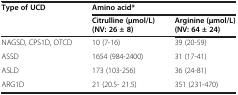
| <ROWSPAN=2> Type of UCD | <COLSPAN=2> Amino acid* |
 | Citrulline (μmol/L) (NV: 26 ± 8) | Arginine (μmol/L) (NV: 64 ± 24) |
 | --- | --- | --- |
 | NAGSD, CPS1D, OTCD | 10 (7-16) | 39 (20-59) |
 | ASSD | 1654 (984-2400) | 31 (17-41) |
 | ASLD | 173 (103-256) | 36 (24-81) |
 | ARG1D | 21 (20.5- 21.5) | 351 (231-470) |